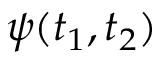
\psi ( t _ { 1 } , t _ { 2 } )